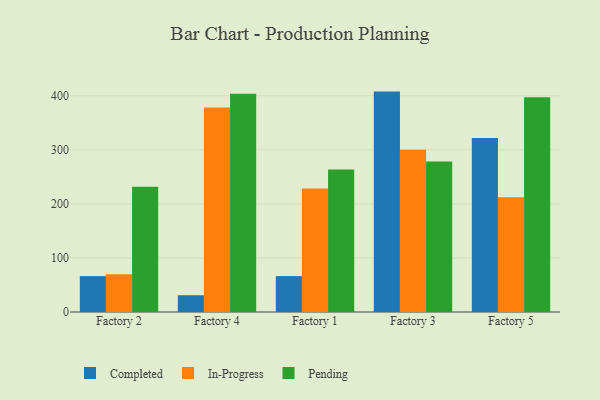
{"axis": {"x": "Factory", "y": "Customer Acquisition Cost (USD)"}, "legend": ["Completed", "In-Progress", "Pending"], "data": [{"x": "Factory 2", "y": 66.3, "type": "Completed"}, {"x": "Factory 2", "y": 69.6, "type": "In-Progress"}, {"x": "Factory 2", "y": 231.8, "type": "Pending"}, {"x": "Factory 4", "y": 31.0, "type": "Completed"}, {"x": "Factory 4", "y": 378.2, "type": "In-Progress"}, {"x": "Factory 4", "y": 403.4, "type": "Pending"}, {"x": "Factory 1", "y": 66.4, "type": "Completed"}, {"x": "Factory 1", "y": 228.5, "type": "In-Progress"}, {"x": "Factory 1", "y": 263.5, "type": "Pending"}, {"x": "Factory 3", "y": 407.5, "type": "Completed"}, {"x": "Factory 3", "y": 300.0, "type": "In-Progress"}, {"x": "Factory 3", "y": 278.3, "type": "Pending"}, {"x": "Factory 5", "y": 321.7, "type": "Completed"}, {"x": "Factory 5", "y": 212.1, "type": "In-Progress"}, {"x": "Factory 5", "y": 396.9, "type": "Pending"}]}